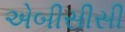
એબીસીસી